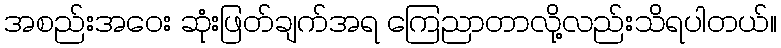
အစည်းအဝေး ဆုံးဖြတ်ချက်အရ ကြေညာတာလို့လည်းသိရပါတယ်။